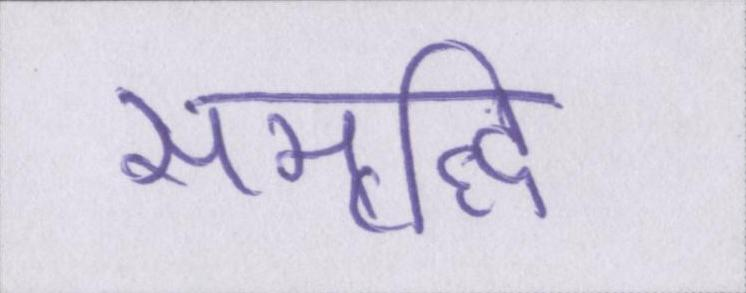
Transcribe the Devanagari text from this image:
समृद्धि